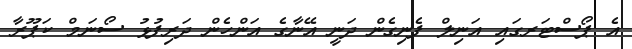
އެ ޕޯސްޓަރގައި އަނިލް ފެނިގެން ދަނީ އޭނާގެ އަންހެން ދަރިފުޅު ސޯނަމް ކަޕޫރާ